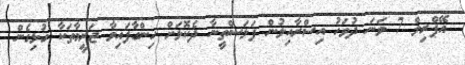
އޭޕްރިލް 7 ވަނަ ދުވަހު އިސްރާއިލުން ފަލަސްތީނާ ދެކޮޅަށް ހިންގާފައިވާ ޖަރީމާތަކާ ގުޅިގެން